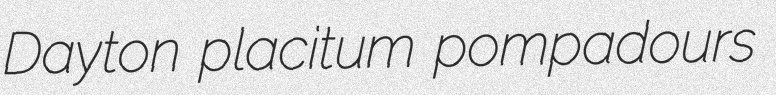
Dayton placitum pompadours